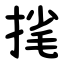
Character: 毮